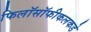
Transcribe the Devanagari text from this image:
फिलॉसॉफीकलकडे